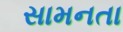
સામનતા